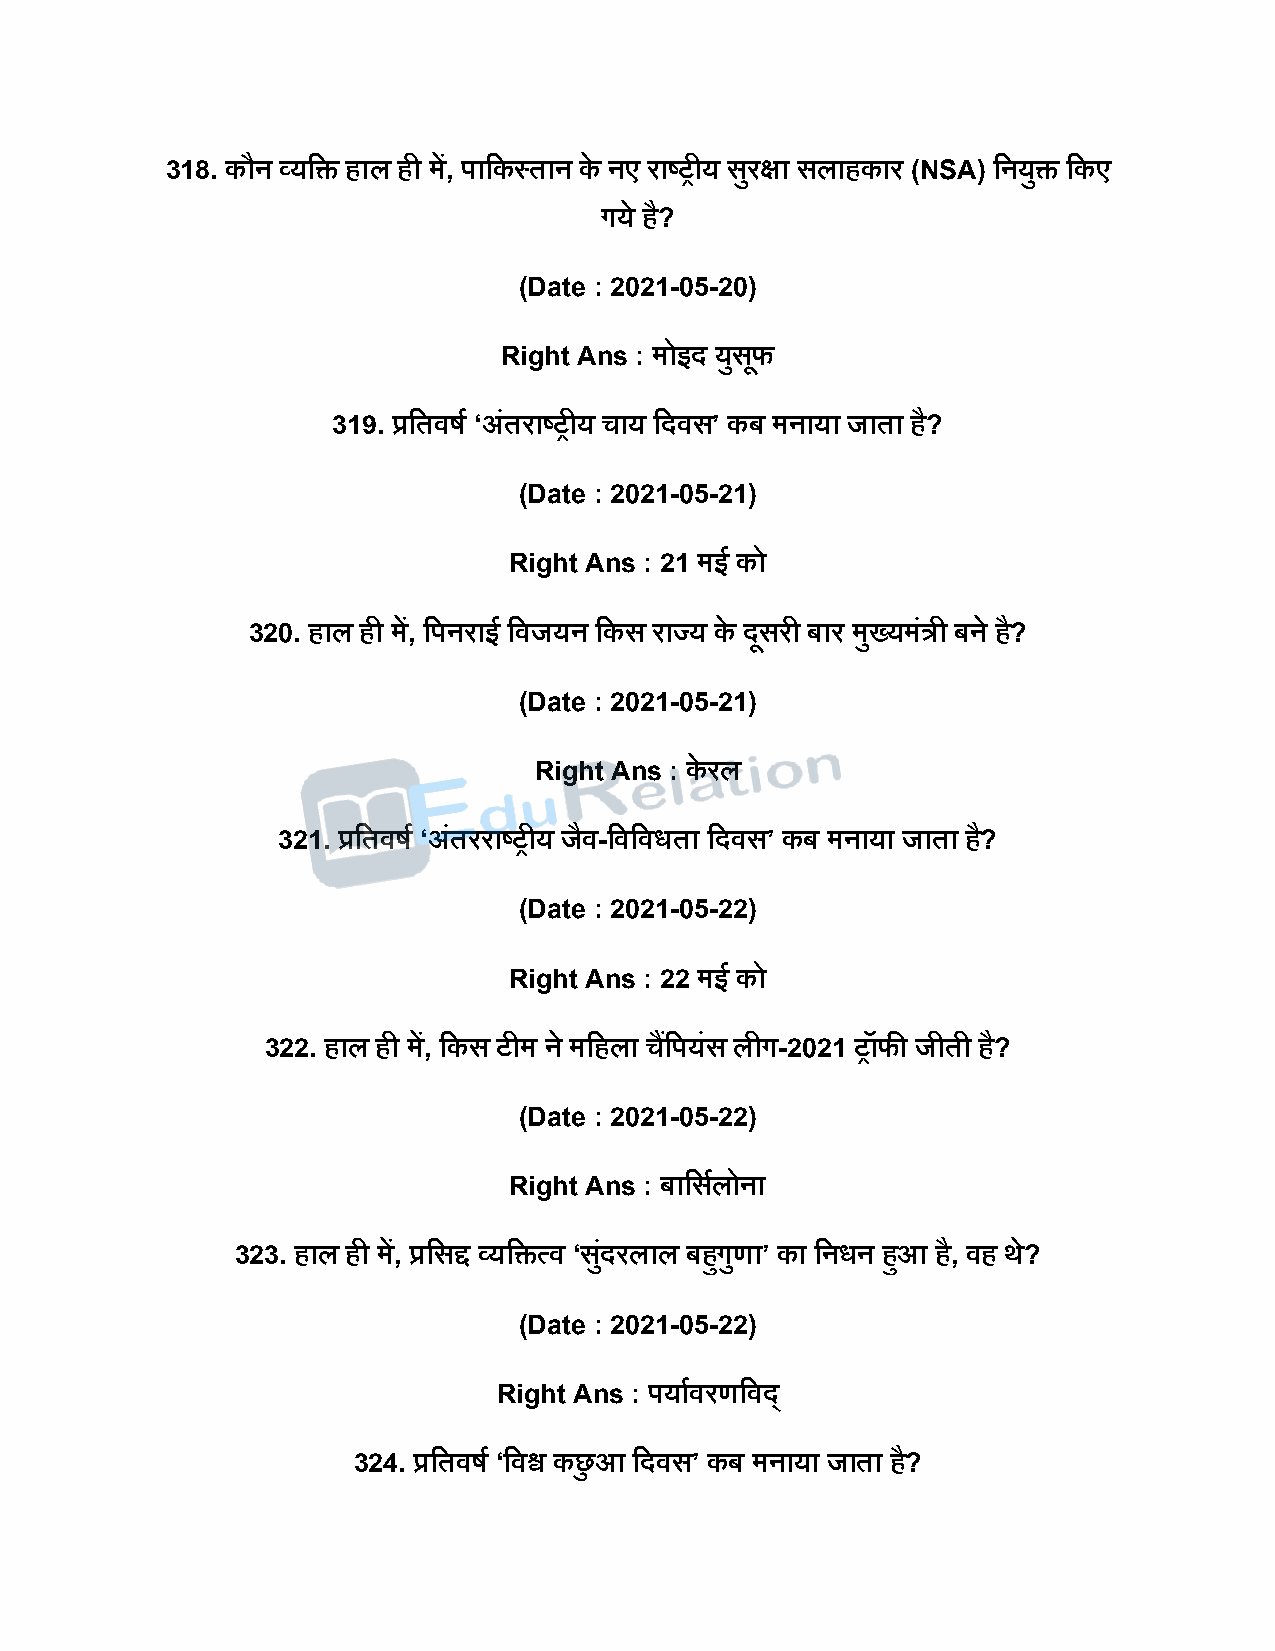
318. कौन व्यदि हाल ही में, िादकस्तान के नए राष्ट्रीय सरु क्षा सलाहकार (NSA) दनयुि दकए
 गये है?
 (Date : 2021-05-20)
 Right Ans : मोइि युसफू
 319. प्रदतवर्ष ‘अंतराष्ट्रीय चाय दिवस’ कब मनाया जाता है?
 (Date : 2021-05-21)
 Right Ans : 21 मई को
 320. हाल ही में, दिनराई दवजयन दकस राज्य के िूसरी बार मुख्यमंत्री बने है?
 (Date : 2021-05-21)
 Right Ans : के रल
 321. प्रदतवर्ष ‘अंतरराष्ट्रीय जैव-दवदवधता दिवस’ कब मनाया जाता ह?ै
 (Date : 2021-05-22)
 Right Ans : 22 मई को
 322. हाल ही में, दकस टीम ने मदहला चदैं ियंस लीग-2021 रॉफी जीती है?
 (Date : 2021-05-22)
 Right Ans : बादसषलोना
 323. हाल ही में, प्रदसद्द व्यदित्व ‘सिुं रलाल बहुगुणा’ का दनधन हुआ है, वह थे?
 (Date : 2021-05-22)
 Right Ans : ियाषवरणदविड
 324. प्रदतवर्ष ‘दवश्व कछु आ दिवस’ कब मनाया जाता है?